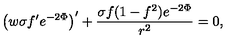
\left( w \sigma f ^ { \prime } e ^ { - 2 \Phi } \right) ^ { \prime } + \frac { \sigma f ( 1 - f ^ { 2 } ) e ^ { - 2 \Phi } } { r ^ { 2 } } = 0 ,